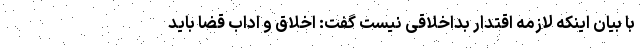
با بیان اینکه لازمه اقتدار بداخلاقی نیست گفت: اخلاق و اداب قضا باید